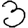
Digit: 3